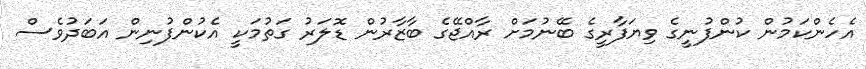
އެހެންކަމުން ކުންފުނީގެ ވިޔަފާރީގެ ބޭނުމަށް ރާއްޖޭގެ ބާޒާރުން ޑޮލަރު ގަތުމަކީ އެކުންފުނިން އަބަދުވެސް